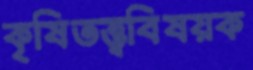
কৃষিতত্ত্ববিষয়ক